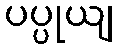
ပပ္ပုယျ